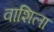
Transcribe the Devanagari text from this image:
वाशिला